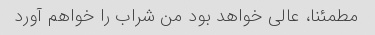
مطمئنا، عالی خواهد بود من شراب را خواهم آورد